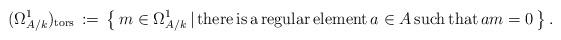
LaTeX: \begin{align*}(\Omega^1_{A/k})_{\rm{tors}} \,:=\, \left\{ \, m \in \Omega^1_{A/k} \, \vert \, {\rm{there\, is \, a\, regular\, element}}\, a \in A\, {\rm{such\, that }}\, am=0 \, \right\}.\end{align*}